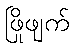
ဖြိုဖျက်